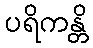
ပရိကန္တိ